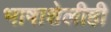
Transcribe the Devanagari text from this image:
भाषाशेलीही